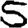
Digit: 5